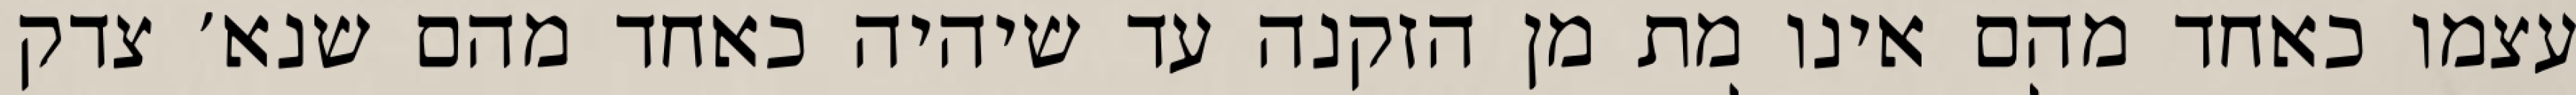
עצמו כאחד מהם אינו מת מן הזקנה עד שיהיה כאחד מהם שנא׳ צדק